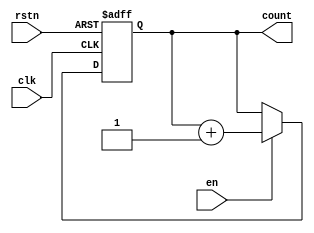
module  ccnt
  #(parameter W = 5 )
   (
    input              rstn ,
    input              clk ,
    input              en ,
    output [W-1:0]     count
    );

   reg [W-1:0]          count_r ;
   always @(posedge clk or negedge rstn) begin
      if (!rstn) begin
         count_r        <= 'b0 ;
      end
      else if (en) begin
         count_r        <= count_r + 1'b1 ;
      end
   end
   assign count = count_r ;

endmodule